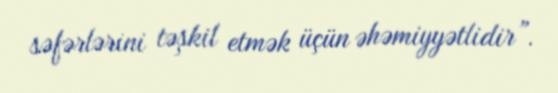
səfərlərini təşkil etmək üçün əhəmiyyətlidir”.